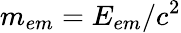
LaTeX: m_{em}=E_{em}/c^{2}